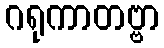
ဂရုကာတဗ္ဗာ